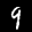
Label: 9